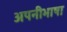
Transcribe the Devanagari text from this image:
अपनीभाषा